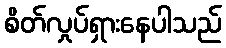
စိတ်လှုပ်ရှားနေပါသည်